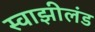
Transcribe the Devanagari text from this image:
स्वाझीलंड